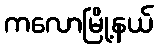
ကလောမြို့နယ်